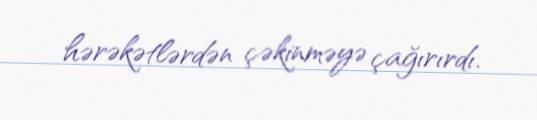
hərəkətlərdən çəkinməyə çağırırdı.